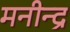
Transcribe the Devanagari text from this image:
मनीन्द्र